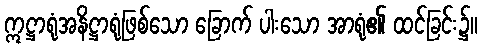
ဣဋ္ဌာရုံအနိဋ္ဌာရုံဖြစ်သော ခြောက် ပါးသော အာရုံ၏ ထင်ခြင်း၌။